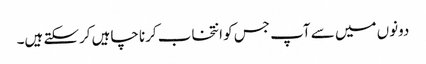
دونوں میں سے آپ جس کو انتخاب کرنا چاہیں کرسکتے ہیں۔